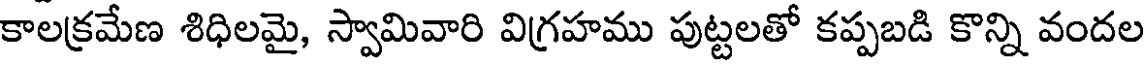
కాలక్రమేణ శిధిలమై, స్వామివారి విగ్రహము పుట్టలతో కప్పబడి కొన్ని వందల